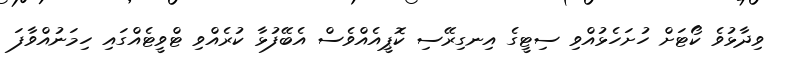
ވިދާޅުވެ ކޯޓަށް ހުށަހެޅުއްވި ސިޓީގެ އިނގިރޭސި ކޮޕީއެއްވެސް އެބޭފުޅާ ކުރެއްވި ޓްވީޓެއްގައި ހިމަނުއްވާފަ